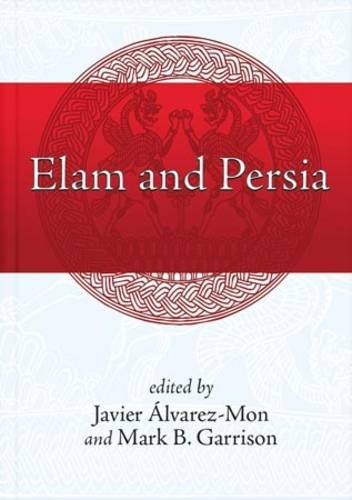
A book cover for Elam and Persia; Javier Alvarez-Mon; History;